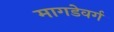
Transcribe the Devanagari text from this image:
मागडेवर्ग